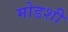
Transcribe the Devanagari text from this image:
मोडशी